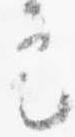
定